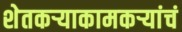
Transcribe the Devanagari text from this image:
शेतकऱ्याकामकऱ्यांचं